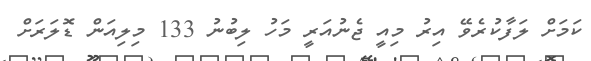
ކަމަށް ލަފާކުރެވޭ އިރު މިއީ ޖެނުއަރީ މަހު ލިބުނު 133 މިލިއަން ޑޮލަރަށް